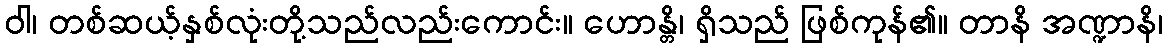
ဝါ၊ တစ်ဆယ့်နှစ်လုံးတို့သည်လည်းကောင်း။ ဟောန္တိ၊ ရှိသည် ဖြစ်ကုန်၏။ တာနိ အဏ္ဍာနိ၊